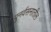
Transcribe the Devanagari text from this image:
पुनर्वसनातील